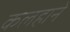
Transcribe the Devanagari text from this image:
कलहाने